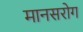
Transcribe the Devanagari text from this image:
मानसरोग